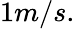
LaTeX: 1m/s.